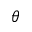
\theta